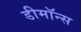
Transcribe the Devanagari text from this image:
डीमॉन्स